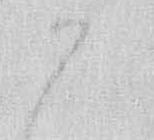
か